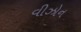
વીઝોન